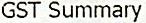
GST SUMMARY